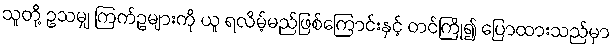
သူတို့ ဥသမျှ ကြက်ဥများကို ယူ ရလိမ့်မည်ဖြစ်ကြောင်းနှင့် တင်ကြို၍ ပြောထားသည်မှာ